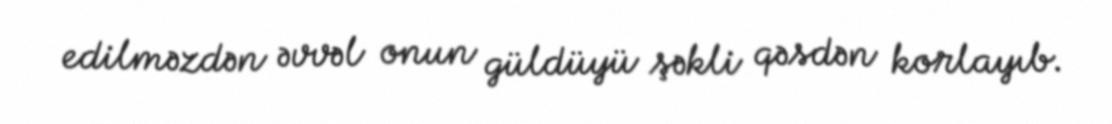
edilməzdən əvvəl onun güldüyü şəkli qəsdən korlayıb.